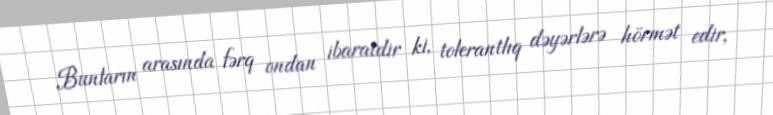
Bunların arasında fərq ondan ibaratdir ki, tolerantlıq dəyərlərə hörmət edir,